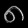
Digit: ၈